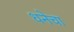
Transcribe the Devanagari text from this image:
धनेचा